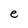
Character: e